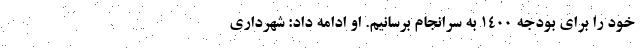
خود را برای بودجه ۱۴۰۰ به سرانجام برسانیم. او ادامه داد: شهرداری